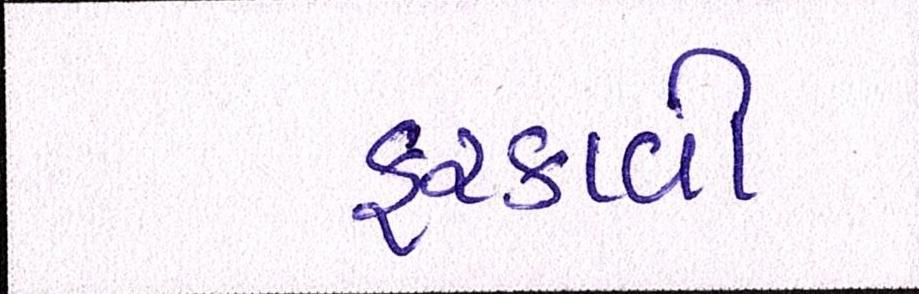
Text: ફરકાવી